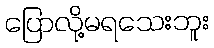
ပြောလို့မရသေးဘူး